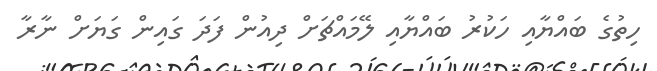
ހިތުގެ ބައްޔާއި ހަކުރު ބައްޔާއި ލޭމައްޗަށް ދިއުން ފަދަ ގައިން ގަޔަށް ނާރާ